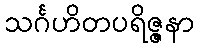
သင်္ဂဟိတပရိဇ္ဇနာ